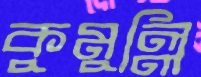
কুমুল্লি